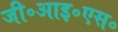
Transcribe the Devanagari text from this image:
जी॰आइ॰एस॰